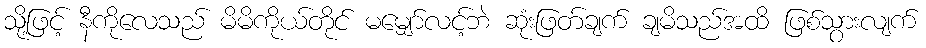
သို့ဖြင့် နီကိုလေသည် မိမိကိုယ်တိုင် မမျှော်လင့်ဘဲ ဆုံးဖြတ်ချက် ချမိသည်အထိ ဖြစ်သွားလျက်